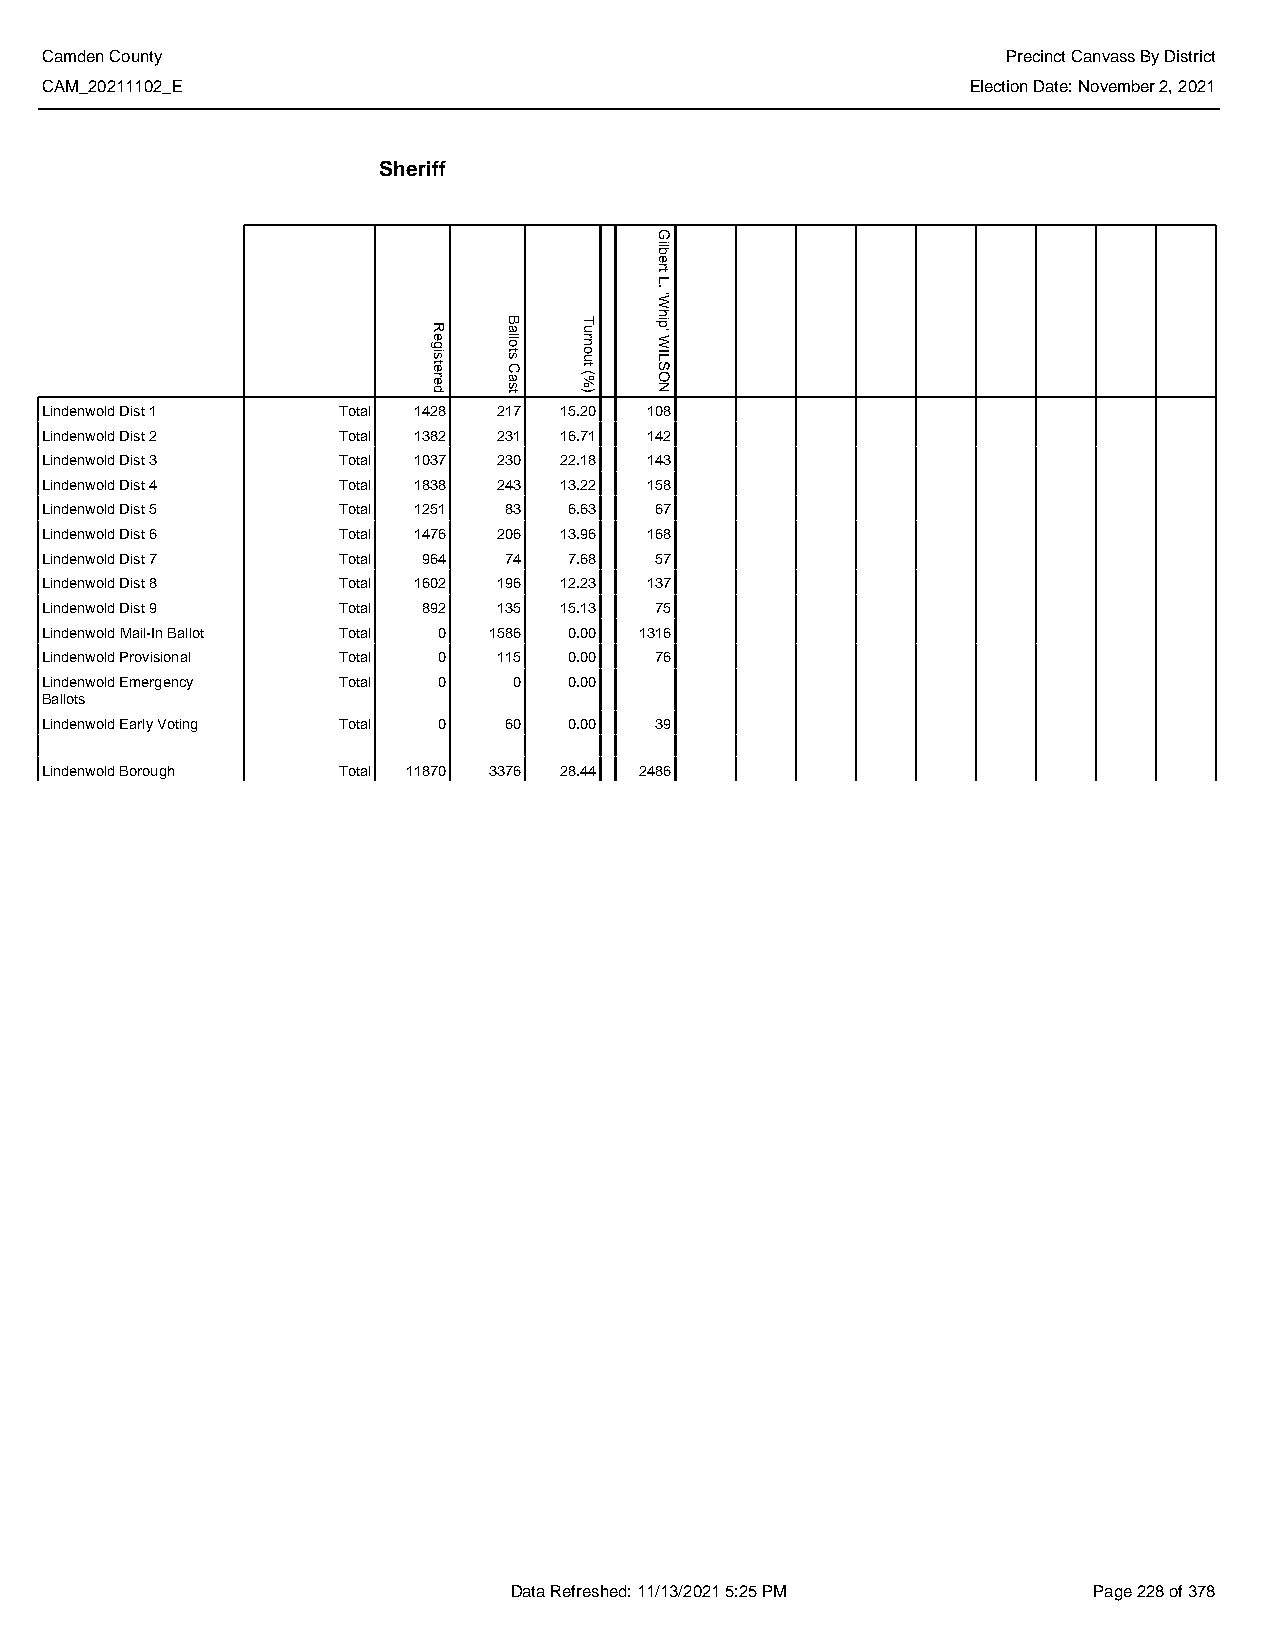
Camden County                                                   Precinct Canvass By District
 CAM_20211102_E                                               Election Date: November 2, 2021
 Sheriff
 Lindenwold Dist 1  Total 1428 217 15.20 108
 Lindenwold Dist 2  Total 1382 231 16.71 142
 Lindenwold Dist 3  Total 1037 230 22.18 143
 Lindenwold Dist 4  Total 1838 243 13.22 158
 Lindenwold Dist 5  Total 1251 83   6.63 67
 Lindenwold Dist 6  Total 1476 206 13.96 168
 Lindenwold Dist 7  Total 964  74   7.68 57
 Lindenwold Dist 8  Total 1602 196 12.23 137
 Lindenwold Dist 9  Total 892  135 15.13 75
 Lindenwold Mail-In Ballot Total 0 1586 0.00 1316
 Lindenwold Provisional Total 0 115 0.00 76
 Lindenwold Emergency Total 0   0   0.00
 Ballots
 Lindenwold Early Voting Total 0 60 0.00 39
 Lindenwold Borough Total 11870 3376 28.44 2486
 Data Refreshed: 11/13/2021 5:25 PM    Page 228 of 378
 Registered
 Ballots
 Cast
 Turnout
 (%)
 Gilbert
 L.
 'Whip'
 WILSON